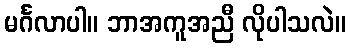
မင်္ဂလာပါ။ ဘာအကူအညီ လိုပါသလဲ။